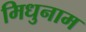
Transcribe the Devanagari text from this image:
मिधुनाम